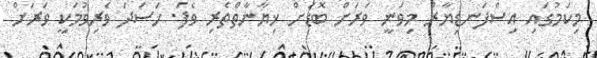
މިކަމުގައި އިސްފަނޑިޔާރު މިވަނީ ވަރަށް ބޮޑަށް ޚިޔާނާތްތެރި ވެފަ. ހަސަދަ ވެރިވުމަކީ ވަރަށް